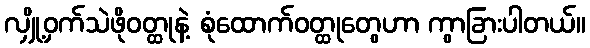
လျှို့ဝှက်သဲဖိုဝတ္ထုနဲ့ စုံထောက်ဝတ္ထုတွေဟာ ကွာခြားပါတယ်။